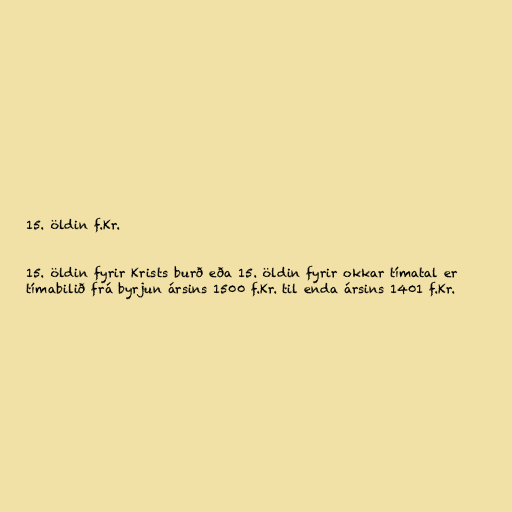
15. öldin f.Kr.

15. öldin fyrir Krists burð eða 15. öldin fyrir okkar tímatal er
tímabilið frá byrjun ársins 1500 f.Kr. til enda ársins 1401 f.Kr.